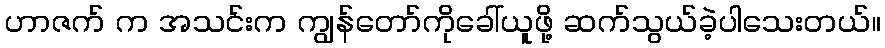
ဟာဇက် က အသင်းက ကျွန်တော်ကိုခေါ်ယူဖို့ ဆက်သွယ်ခဲ့ပါသေးတယ်။